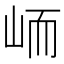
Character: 峏